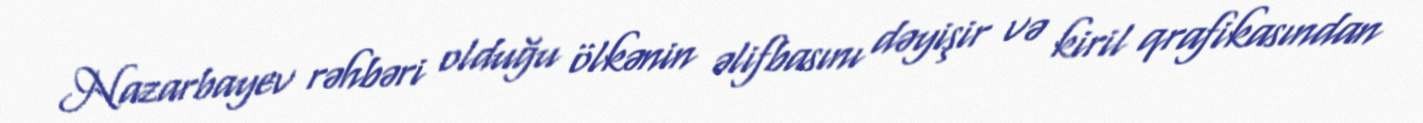
Nazarbayev rəhbəri olduğu ölkənin əlifbasını dəyişir və kiril qrafikasından